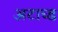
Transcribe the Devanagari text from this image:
अटाच्ड